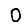
Digit: 0